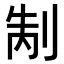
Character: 𭃥